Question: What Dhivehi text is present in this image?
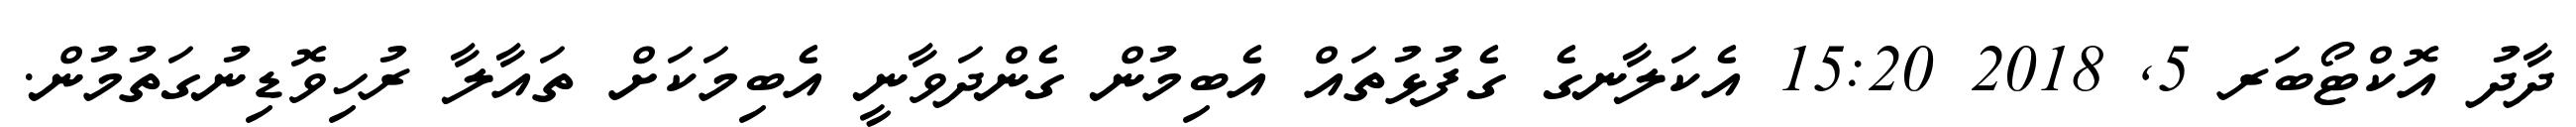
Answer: ދާދު އޮކްޓޯބަރ 5, 2018 15:20 އެކަލާނގެ ގެފުޅުތައް އެބިމުން ގެންދަވާނީ އެބިމަކަށް ތައާލާ ރުހިވޮޑިނުގަތުމުން.